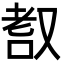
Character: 𦒺